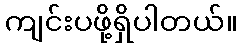
ကျင်းပဖို့ရှိပါတယ်။